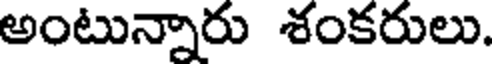
అంటున్నారు శంకరులు.